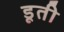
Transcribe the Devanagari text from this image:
डूती